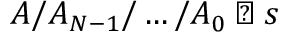
A / A _ { N - 1 } / \ldots / A _ { 0 } \triangleleft s